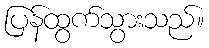
ပြန်ထွက်သွားသည်။